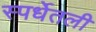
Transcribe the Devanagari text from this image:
स्पर्धेतली